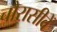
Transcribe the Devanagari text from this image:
चौरासीवें